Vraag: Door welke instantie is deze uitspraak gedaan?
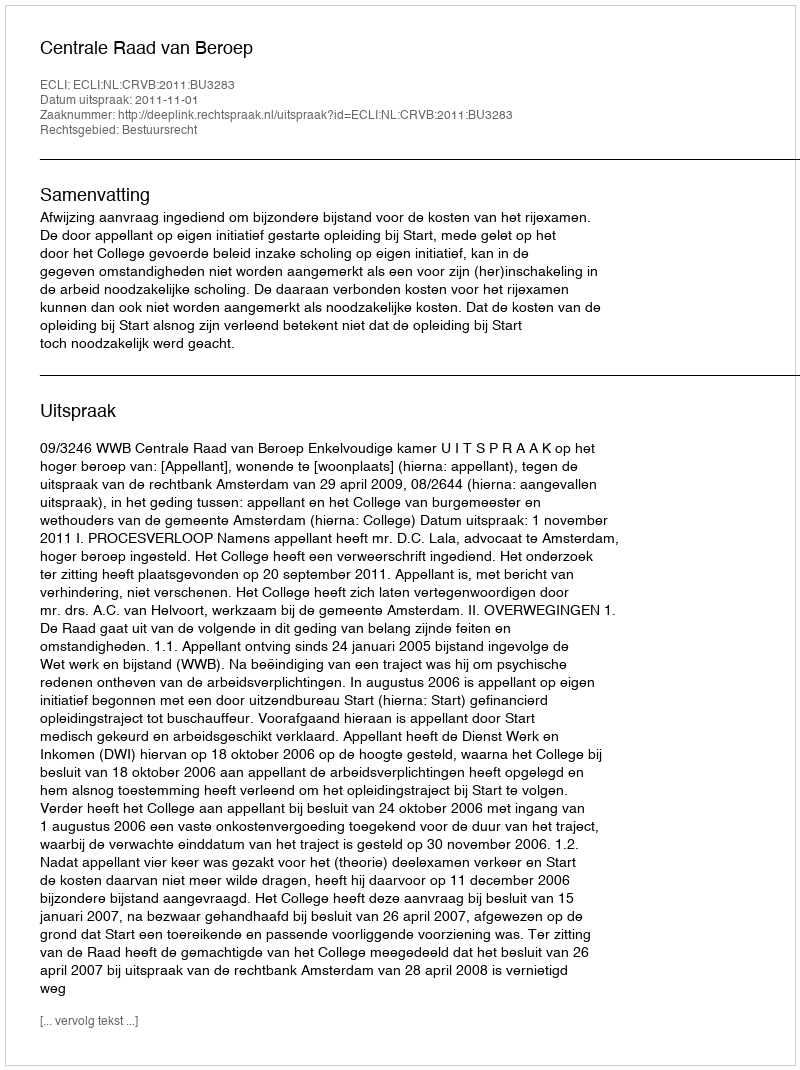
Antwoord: Centrale Raad van Beroep